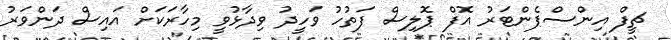
ޗީފް އިންސްޕެންޓަރު އޮފް ޕޮލިސް ފަތުހު ވަހީދު ވިދާޅުވީ މިހާރަކަށް އައިސް ދަންވަރު